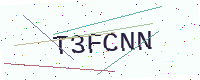
Text: T3FCNN